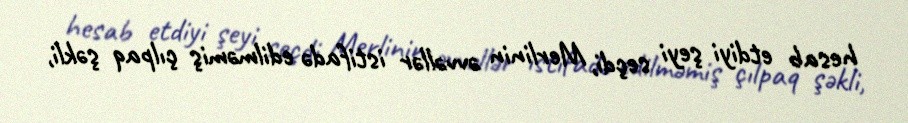
hesab etdiyi şeyi seçdi, Merlinin əvvəllər istifadə edilməmiş çılpaq şəkli,